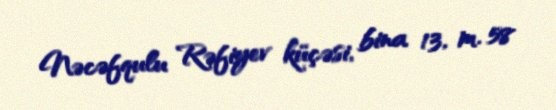
Nəcəfqulu Rəfiyev küçəsi, bina 13, m. 58